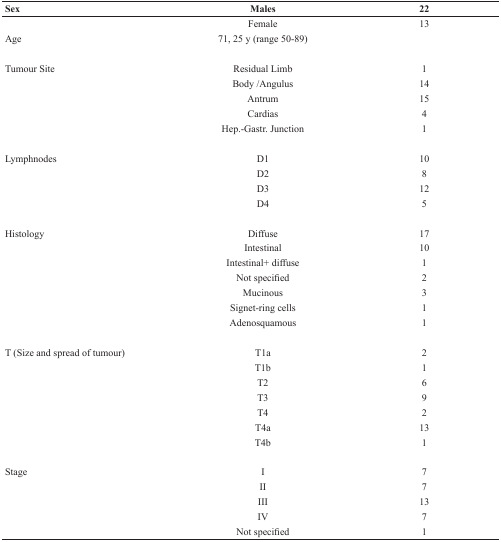
| Sex | Males | 22 |
 | --- | --- | --- |
 |  | Female | 13 |
 | Age | 71, 25 y (range 50-89) |  |
 | Tumour Site | Residual Limb | 1 |
 |  | Body/Angulus | 14 |
 |  | Antrum | 15 |
 |  | Cardias | 4 |
 |  | Hep.-Gastr. Junction | 1 |
 | Lymphnodes | D1 | 10 |
 |  | D2 | 8 |
 |  | D3 | 12 |
 |  | D4 | 5 |
 | Histology | Diffuse | 17 |
 |  | Intestinal | 10 |
 |  | Intestinal+ diffuse | 1 |
 |  | Not specified | 2 |
 |  | Mucinous | 3 |
 |  | Signet-ring cells | 1 |
 |  | Adenosquamous | 1 |
 | T (Size and spread of tumour) | T1a | 2 |
 |  | T1b | 1 |
 |  | T2 | 6 |
 |  | T3 | 9 |
 |  | T4 | 2 |
 |  | T4a | 13 |
 |  | T4b | 1 |
 | Stage | I | 7 |
 |  | II | 7 |
 |  | III | 13 |
 |  | IV | 7 |
 |  | Not specified | 1 |